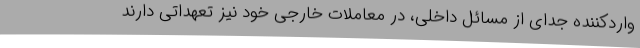
واردکننده جدای از مسائل داخلی، در معاملات خارجی خود نیز تعهداتی دارند